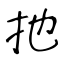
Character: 扡